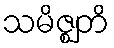
သမိဇ္ဈတိ